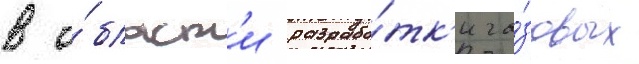
в о́бласт'и разрабо́тк'и га́зовых